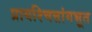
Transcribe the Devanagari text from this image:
प्रायश्चित्तांगभूत